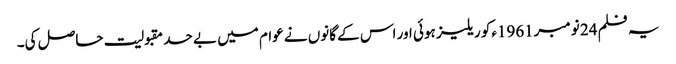
یہ فلم 24 نومبر1961ءکو ریلیز ہوئی اور اس کے گانوں نے عوام میں بے حد مقبولیت حاصل کی۔